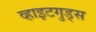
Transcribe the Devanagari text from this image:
व्हाइटगुड्स